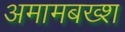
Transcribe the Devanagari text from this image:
अमामबख्श